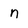
Character: n